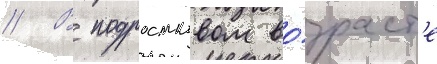
// В подростковом во́зраст'е